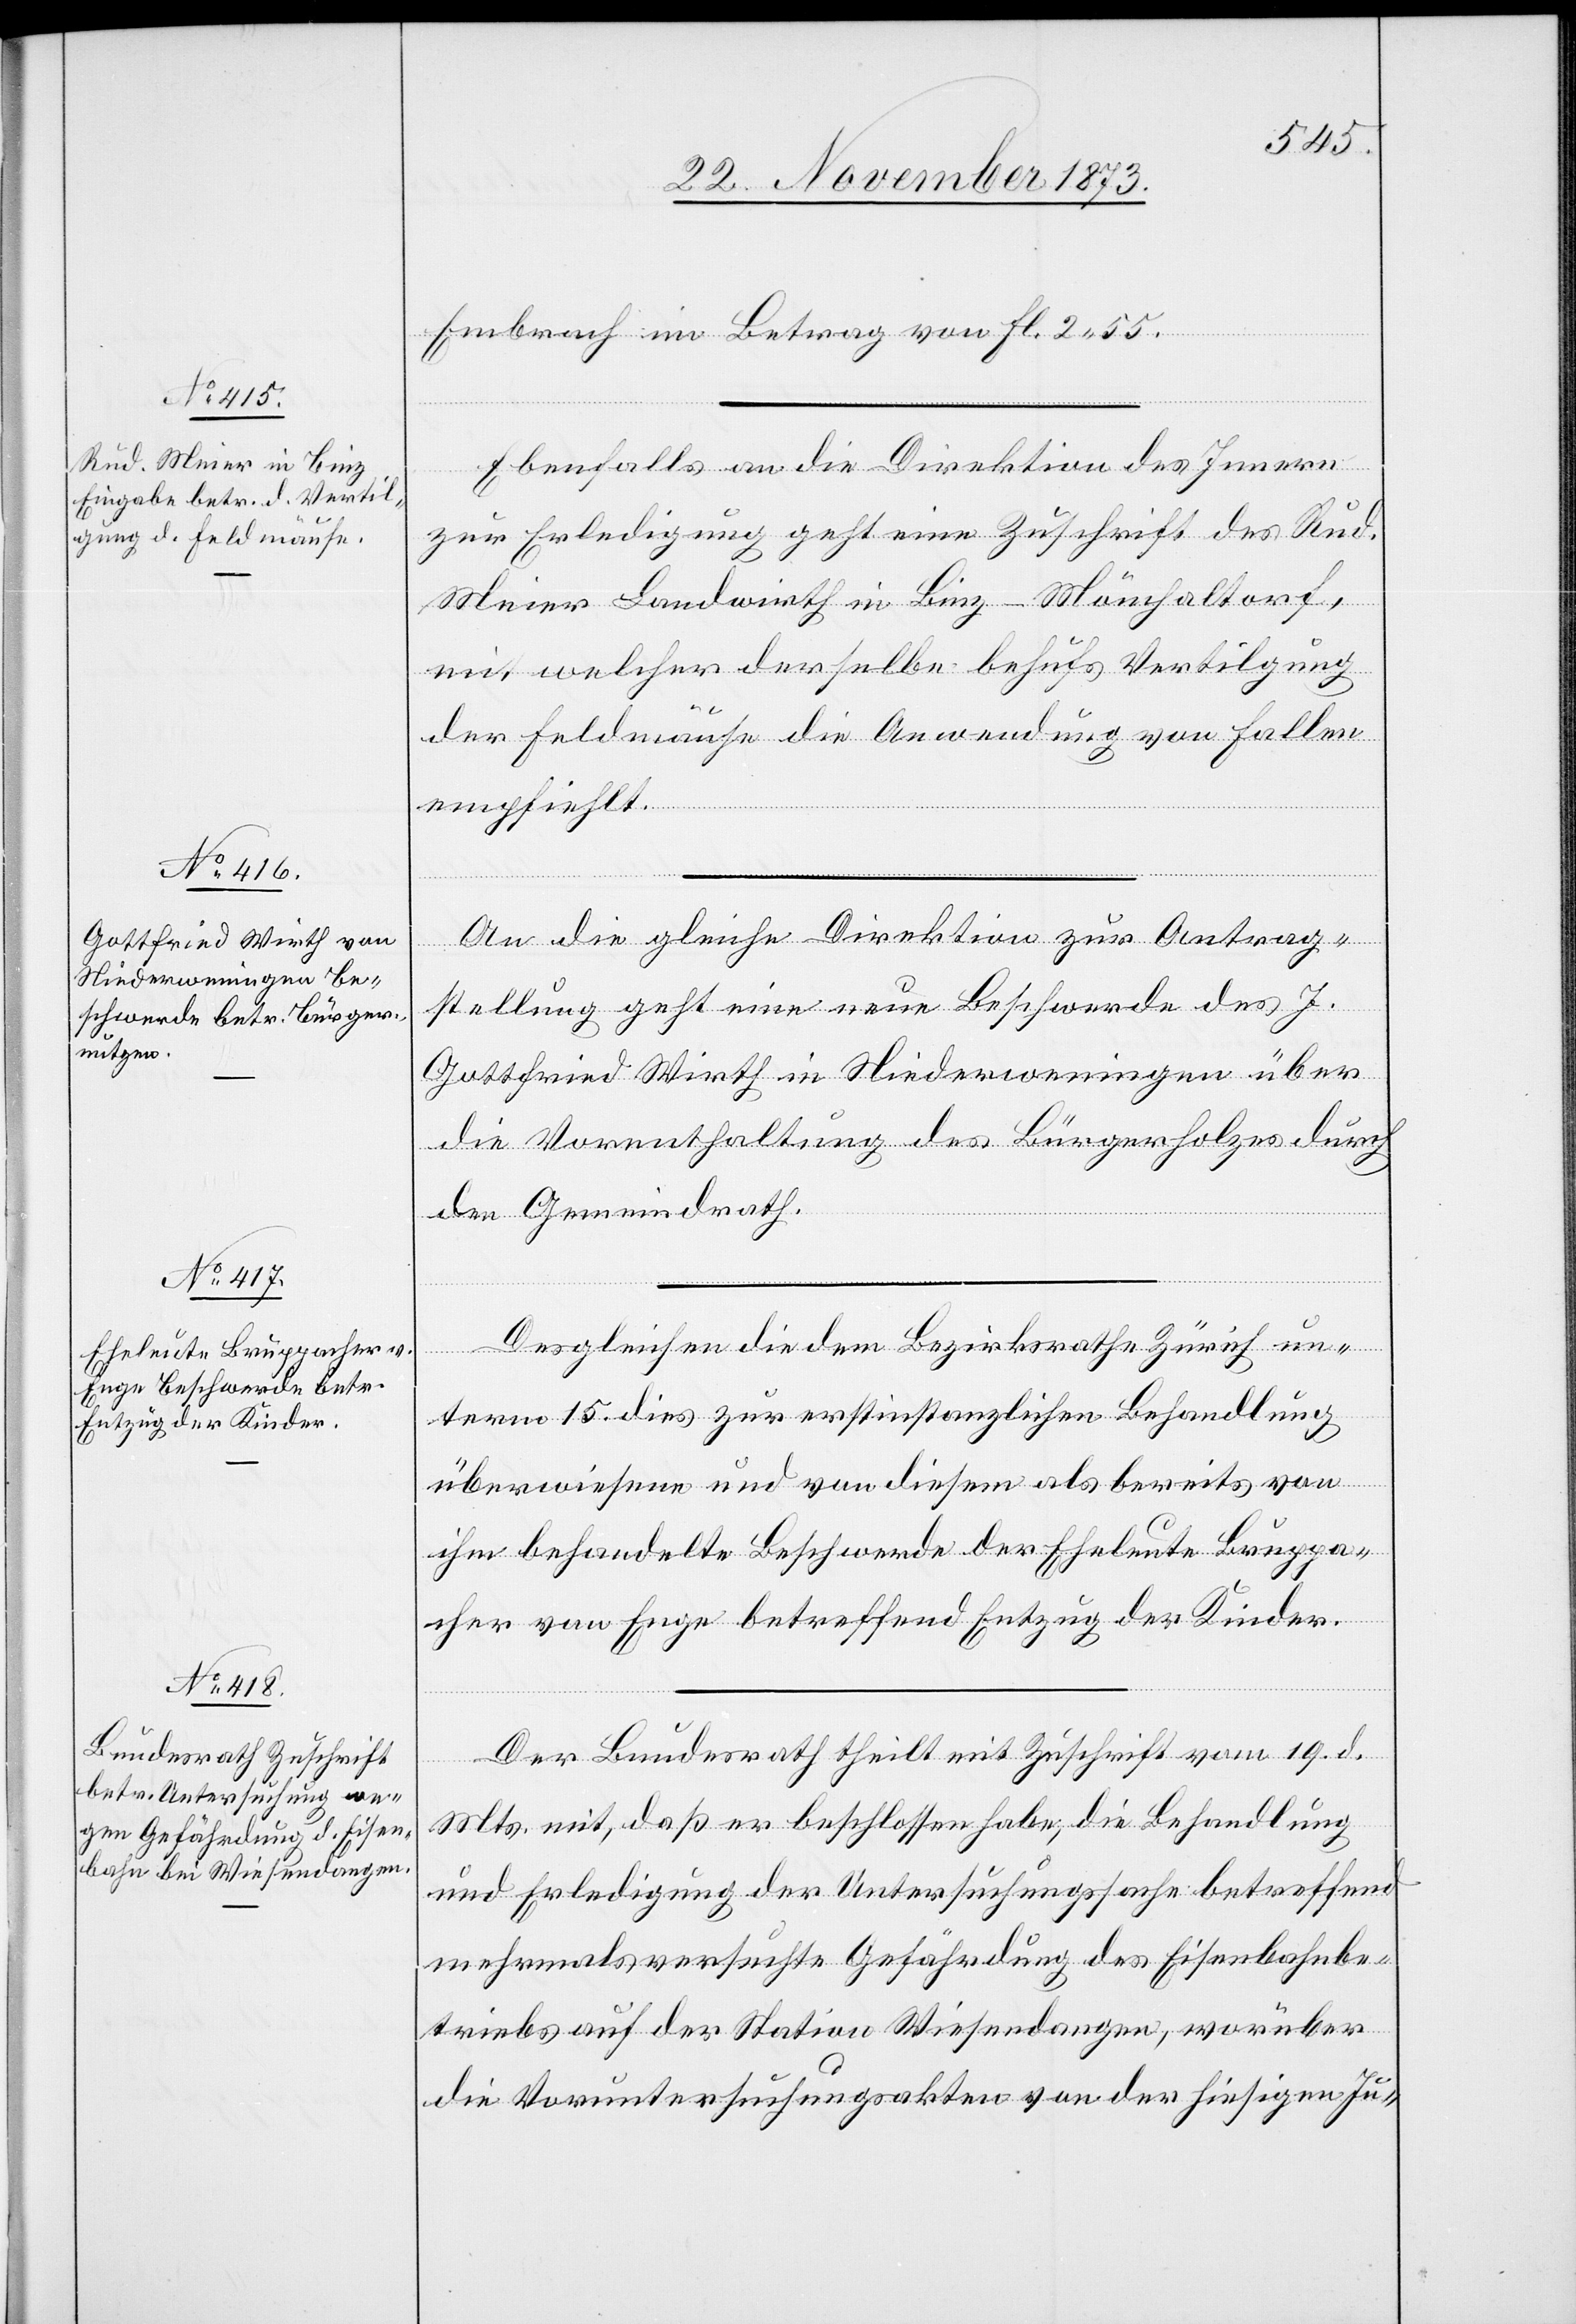
22. November 1873.]
Embrach im Betrag von fl. 2 55.
Ebenfalls an die Direktion des Innern
zur Erledigung geht eine Zuschrift des Rud.
Meier Landwirth in Binz - Mönchaltorf,
mit welcher derselbe behufs Vertilgung
der Feldmäuse die Anwendung von Fallen
empfiehlt.
An die gleiche Direktion zur Antrag¬
stellung geht eine neue Beschwerde des J.
Gottfried Wirth in Niederweningen über
die Vorenthaltung des Bürgerholzes durch
den Gemeindrath.
Desgleichen die dem Bezirksrathe Zürich un¬
term 15. dies zur erstinstanzlichen Behandlung
überwiesene und von diesem als bereits von
ihm behandelte Beschwerde der Eheleute Bruppa¬
cher von Enge betreffend Entzug der Kinder.
Der Bundesrath theilt mit Zuschrift vom 19. d.
Mts. mit, daß er beschlossen habe, die Behandlung
und Erledigung der Untersuchungssache betreffend
mehrmals versuchte Gefährdung des Eisenbahnbe¬
triebs auf der Station Wiesendangen, worüber
die Voruntersuchungsakten von der hiesigen Ju-